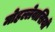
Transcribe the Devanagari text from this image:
मोहल्लेवासियों